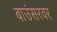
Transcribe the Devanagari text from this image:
बाउंसरवर